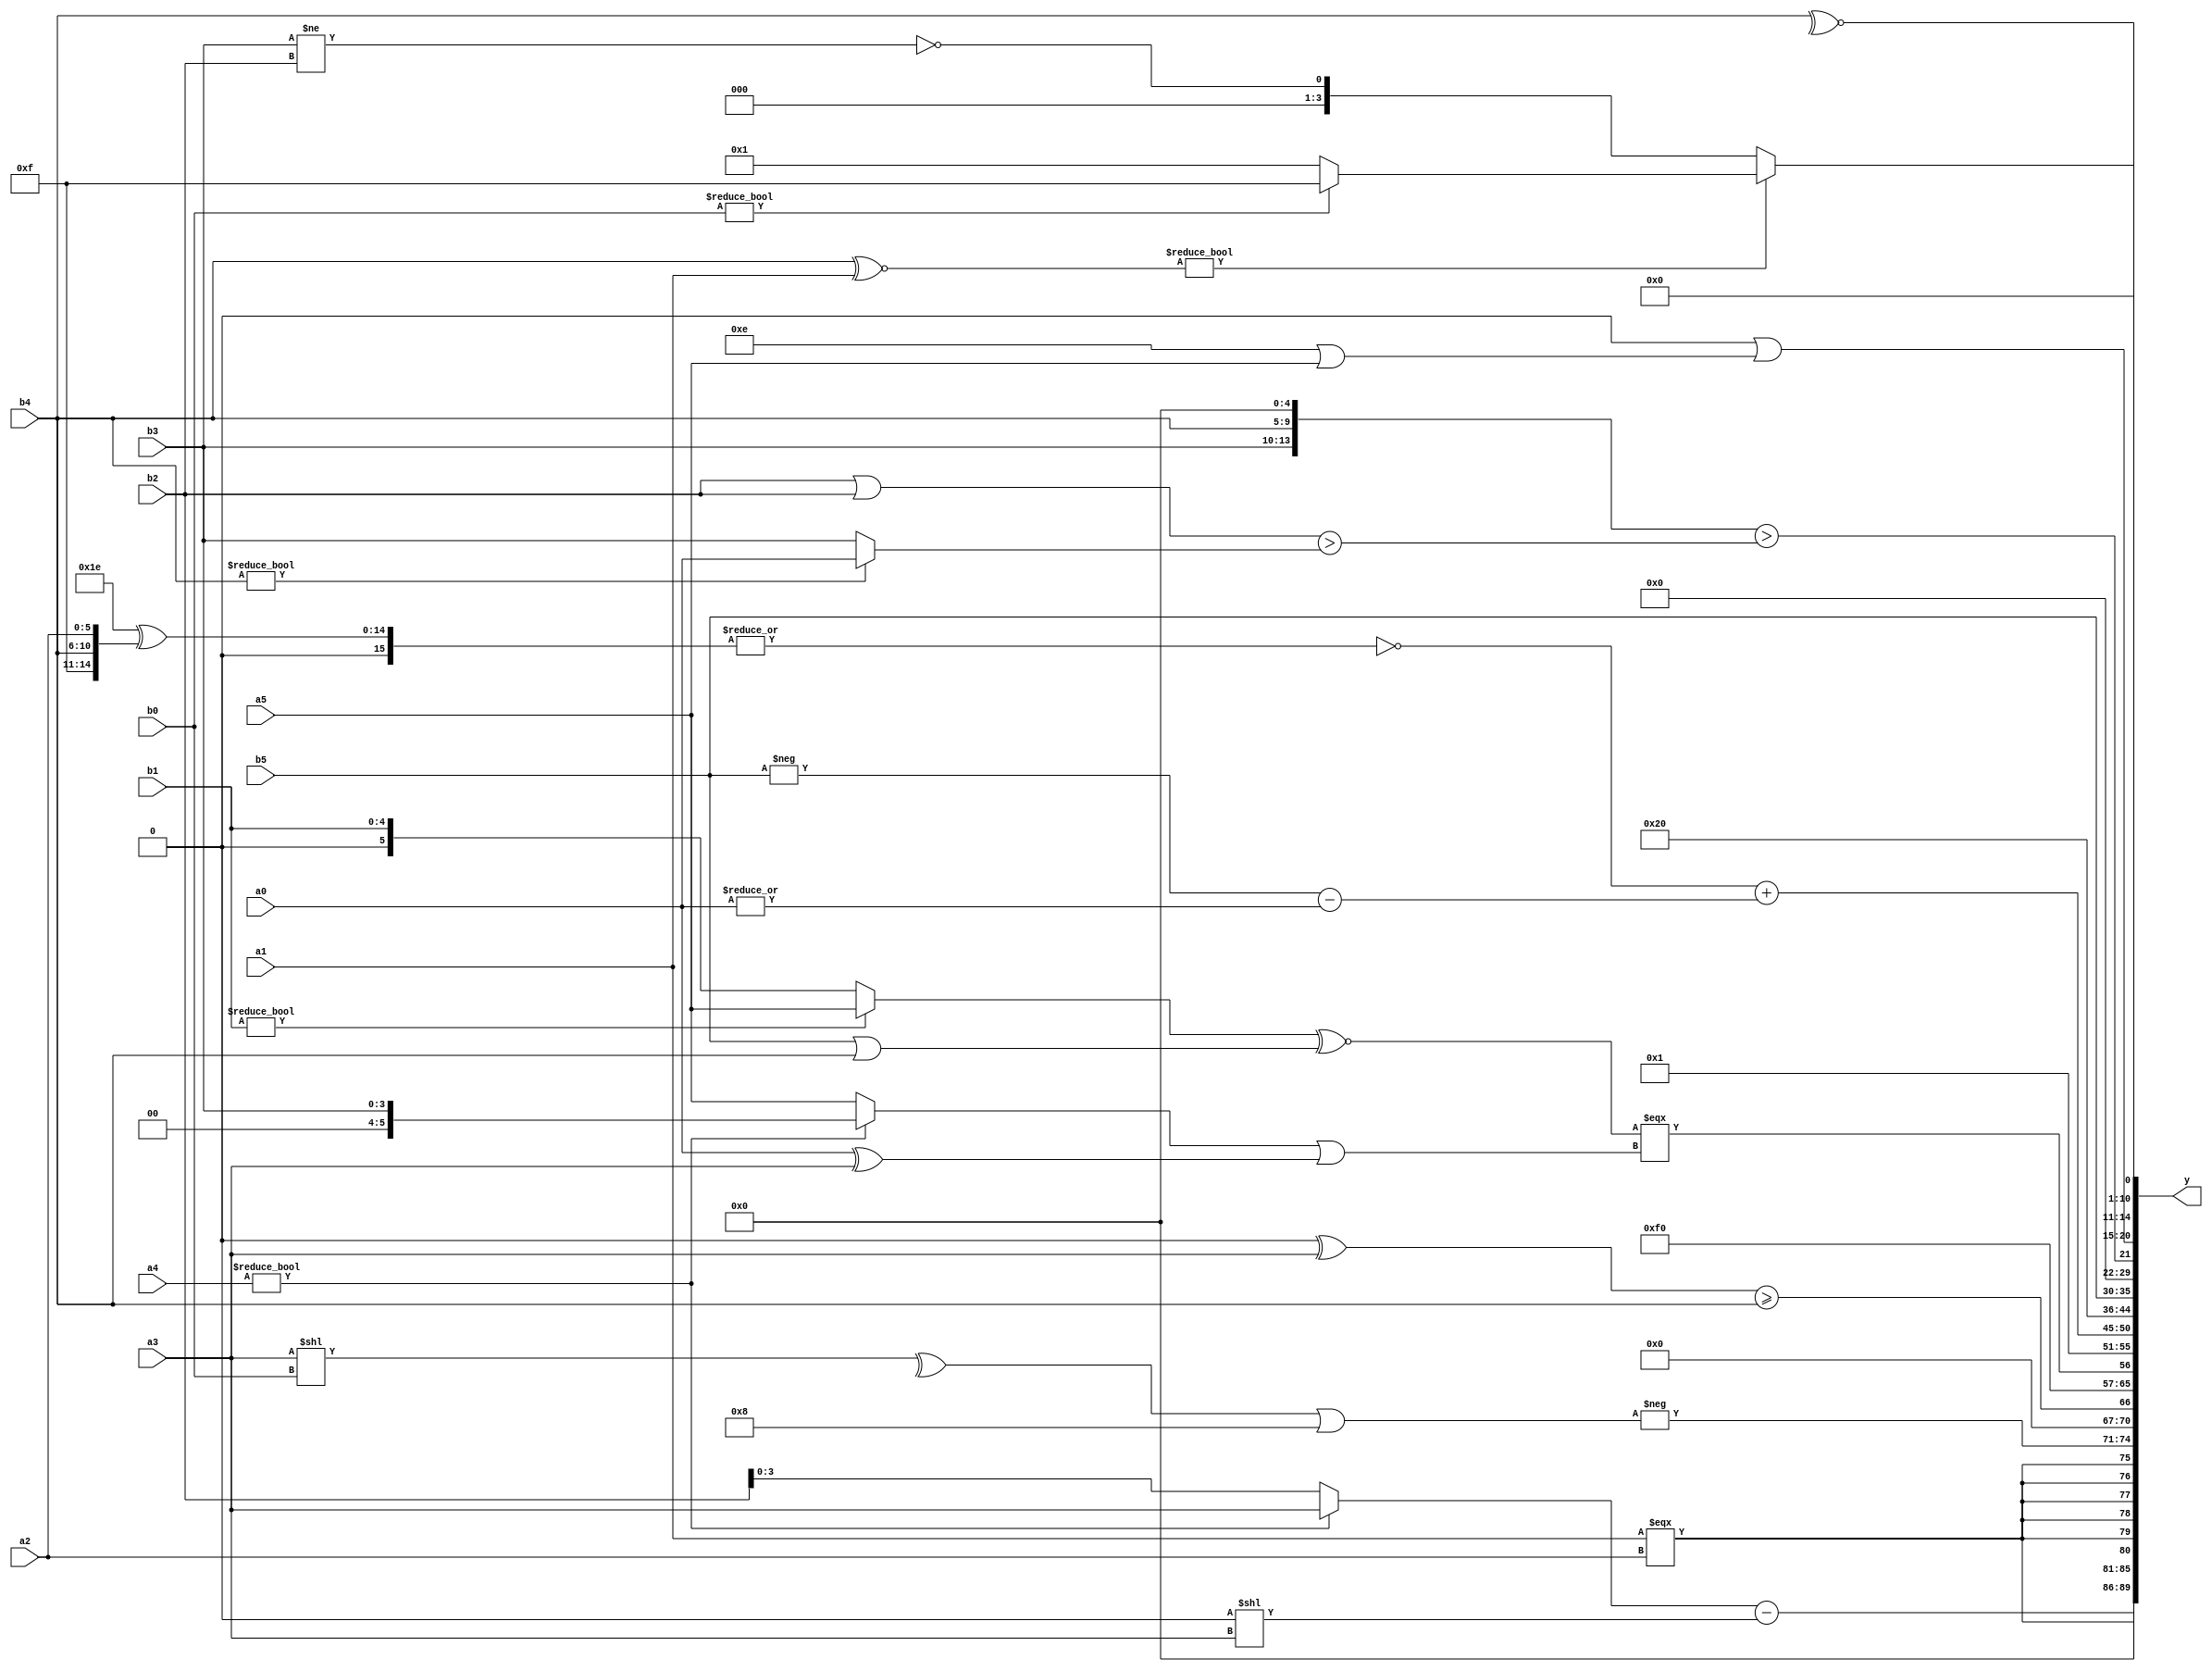
module expression_00367(a0, a1, a2, a3, a4, a5, b0, b1, b2, b3, b4, b5, y);
  input [3:0] a0;
  input [4:0] a1;
  input [5:0] a2;
  input signed [3:0] a3;
  input signed [4:0] a4;
  input signed [5:0] a5;

  input [3:0] b0;
  input [4:0] b1;
  input [5:0] b2;
  input signed [3:0] b3;
  input signed [4:0] b4;
  input signed [5:0] b5;

  wire [3:0] y0;
  wire [4:0] y1;
  wire [5:0] y2;
  wire signed [3:0] y3;
  wire signed [4:0] y4;
  wire signed [5:0] y5;
  wire [3:0] y6;
  wire [4:0] y7;
  wire [5:0] y8;
  wire signed [3:0] y9;
  wire signed [4:0] y10;
  wire signed [5:0] y11;
  wire [3:0] y12;
  wire [4:0] y13;
  wire [5:0] y14;
  wire signed [3:0] y15;
  wire signed [4:0] y16;
  wire signed [5:0] y17;

  output [89:0] y;
  assign y = {y0,y1,y2,y3,y4,y5,y6,y7,y8,y9,y10,y11,y12,y13,y14,y15,y16,y17};

  localparam [3:0] p0 = (((5'd28)||(~^(4'd4)))<(~(~|((-2'sd0)>>>(-5'sd2)))));
  localparam [4:0] p1 = (!(((~|(4'd6))?((-4'sd1)?(2'd0):(-5'sd8)):((5'sd2)?(-3'sd1):(5'd18)))!==(~(~^((2'sd1)?(-5'sd2):(4'd5))))));
  localparam [5:0] p2 = (|{(4'd13),(5'd13)});
  localparam signed [3:0] p3 = ((4'd1)<<(3'd0));
  localparam signed [4:0] p4 = ((~((&(4'd4))<=((-3'sd2)?(3'd1):(4'd2))))?(&((^(-3'sd3))>=((-2'sd1)?(-2'sd0):(-2'sd1)))):(~&(^(&(~^(4'd15))))));
  localparam signed [5:0] p5 = (-((((-5'sd10)?(5'sd3):(-5'sd9))?{4{(-5'sd4)}}:{4{(2'd2)}})^(+(~^(~((4'd11)?(-4'sd2):(3'd7)))))));
  localparam [3:0] p6 = (((4'd13)>>>(-5'sd11))===((-4'sd4)<=(5'd7)));
  localparam [4:0] p7 = ((2'sd1)^(2'sd0));
  localparam [5:0] p8 = ((((2'd1)<<(3'sd3))<((3'd5)===(2'sd0)))>>>(~|(~(3'd6))));
  localparam signed [3:0] p9 = (-5'sd0);
  localparam signed [4:0] p10 = (!({1{(4'd6)}}?((4'd2)<(2'd1)):(5'd2 * (5'd26))));
  localparam signed [5:0] p11 = {4{(2'd0)}};
  localparam [3:0] p12 = ((-(~^(4'd3)))<<(6'd2 * (4'd10)));
  localparam [4:0] p13 = {(((4'sd0)<(2'd3))>>>((3'd6)!==(5'd29))),(((5'd6)===(2'sd0))^~{2{(5'd16)}})};
  localparam [5:0] p14 = (~|(((-5'sd15)>(2'd2))!=((4'sd5)<<<(3'd6))));
  localparam signed [3:0] p15 = ({{(5'd19),(-4'sd6)},{3{(4'sd0)}},{1{(2'd3)}}}>>{4{{(5'd13)}}});
  localparam signed [4:0] p16 = ((+(4'sd6))?((2'd1)^~(2'd0)):(!(3'd5)));
  localparam signed [5:0] p17 = ((((4'sd5)-(-3'sd1))&&((-4'sd3)<=(-3'sd2)))<<(((4'd13)>=(-2'sd0))%(3'd4)));

  assign y0 = ((a4?a3:b2)-(p9<<a3));
  assign y1 = (3'd0);
  assign y2 = ($signed((a1===a2)));
  assign y3 = (-((^(a3<<b0))||({1{p5}}<<<(~^p1))));
  assign y4 = ((p11^a3)>=$signed((b4)));
  assign y5 = {3{{4{p16}}}};
  assign y6 = (((b1?a5:b1)^~(b5|b4))===((a4?b3:a5)|(a0^a3)));
  assign y7 = (~^(&(4'sd3)));
  assign y8 = ((~|((5'd2 * p13)^{p13,b4,a2}))+((-b5)-(|a0)));
  assign y9 = (|(5'd21));
  assign y10 = ((!(-4'sd7))>>>{3{p0}});
  assign y11 = $signed(b5);
  assign y12 = $signed((!(5'd20)));
  assign y13 = ({{b3,b4,p4}}>((b2|b2)>(b4?a0:b3)));
  assign y14 = ({$signed({($unsigned(p15)),{a0,p12,p12}})}|$unsigned(((4'd14)|{3{a5}})));
  assign y15 = ((b4^~a1)?(b0?p13:p3):(!(b3!=b2)));
  assign y16 = {(~&(|$signed((^p13)))),({(!(p17?p11:p10))}),((p9?p10:p9)?$unsigned(p17):(p0?p2:p8))};
  assign y17 = (~^b4);
endmodule